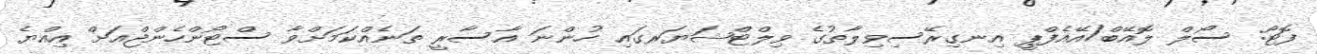
ފޮޓޯ: ސޯލް ލޮއޭބް/އޭއެފްޕީ އިނގިރޭސިވިލާތުގެ ވިލްޓްޝަޔަރގައި ހުންނަ އާސާރީ ތަނެއްކަމަށްވާ ސްޓޯންހެންޖްއަށް އިއްޔެ